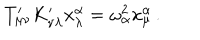
LaTeX: T _ { \mu \nu } ^ { \prime } K _ { \nu \lambda } ^ { \prime } x _ { \lambda } ^ { \alpha } = \omega _ { \alpha } ^ { 2 } x _ { \mu } ^ { \alpha } \, .